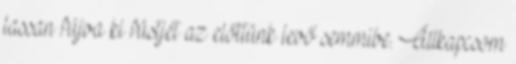
lassan fújva ki füstjét az előttünk levő semmibe. Állkapcsom